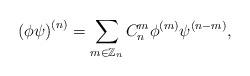
LaTeX: \begin{align*}\left(\phi\psi\right)^{(n)}=\sum_{m\in\mathbb{Z}_n} C_n^m\phi^{(m)}\psi^{(n-m)},\end{align*}